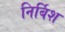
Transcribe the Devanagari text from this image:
निर्बिश